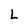
Character: L